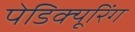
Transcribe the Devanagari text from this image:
पेडिक्यूरिंग